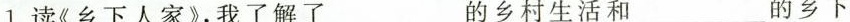
1.读《乡下人家》，我了解了___的乡村生活和___的乡下